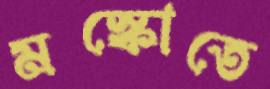
মস্কোতে